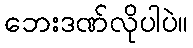
ဘေးဒဏ်လိုပါပဲ။